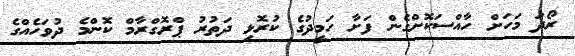
ރޯދަ މަހަށް ހާއްސަކޮށްގެން ފަށާ ހަމީދުގެ ކުރޮޅި ދަތުރު ޕްރޮގްރާމް ކޮންމެ ދުވަހެއްގެ